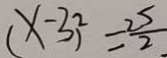
( x - 3 ) ^ { 2 } = \frac { 2 5 } { 2 }